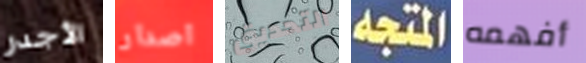
الأجدر اصدار التحديق المتجه أفهمه